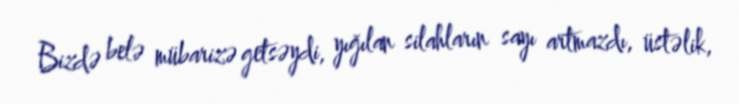
Bizdə belə mübarizə getsəydi, yığılan silahların sayı artmazdı, üstəlik,